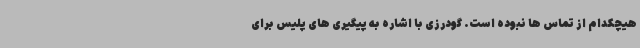
هیچکدام از تماس ها نبوده است. گودرزی با اشاره به پیگیری های پلیس برای